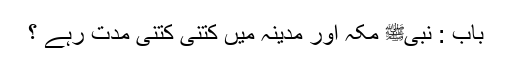
باب : نبیﷺ مکہ اور مدینہ میں کتنی کتنی مدت رہے ؟